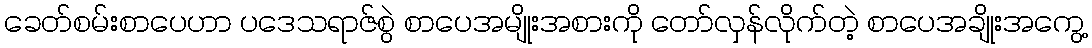
ခေတ်စမ်းစာပေဟာ ပဒေသရာဇ်စွဲ စာပေအမျိုးအစားကို တော်လှန်လိုက်တဲ့ စာပေအချိုးအကွေ့